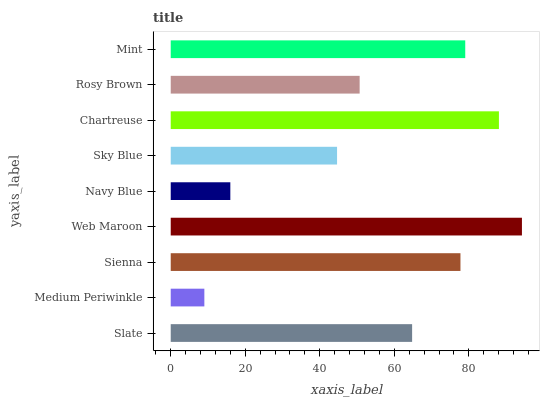
| yaxis_label | bars |
 | --- | --- |
 | Slate | 64.8 |
 | Medium Periwinkle | 9.02 |
 | Sienna | 77.8 |
 | Web Maroon | 94.3 |
 | Navy Blue | 16 |
 | Sky Blue | 44.6 |
 | Chartreuse | 88.1 |
 | Rosy Brown | 50.7 |
 | Mint | 79 |